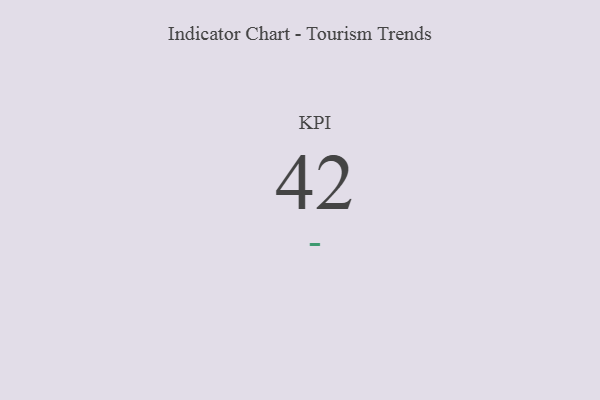
{"axis": {"x": "KPI", "y": "Value"}, "legend": [""], "data": [{"x": "KPI", "y": 42, "type": ""}]}